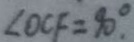
\angle O C F = 9 0 ^ { \circ } .